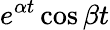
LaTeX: e^{\alpha t}\cos\beta t